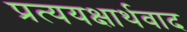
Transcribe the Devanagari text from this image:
प्रत्ययक्षार्थवाद